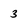
Character: 3